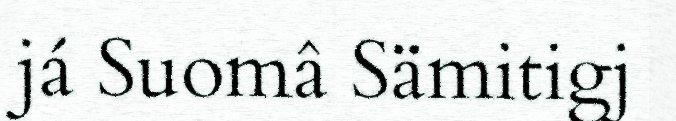
já Suomâ Sämitigj